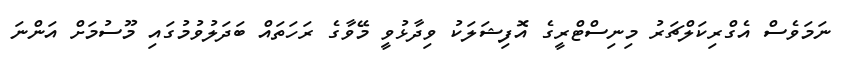
ނަމަވެސް އެގްރިކަލްޗަރު މިނިސްޓްރީގެ އޮފިޝަލަކު ވިދާޅުވީ މޭވާގެ ރަހަތައް ބަދަލުވުމުގައި މޫސުމަށް އަންނަ